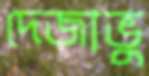
দেজাভু